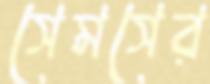
সেমসের